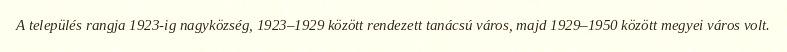
A település rangja 1923-ig nagyközség, 1923–1929 között rendezett tanácsú város, majd 1929–1950 között megyei város volt.